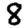
Digit: 8